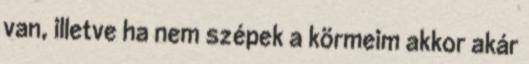
van, illetve ha nem szépek a körmeim akkor akár